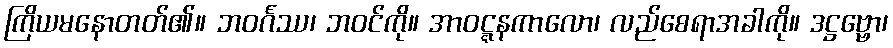
ကြိယမနောတတ်၏။ ဘဝင်္ဂဿ၊ ဘဝင်ကို။ အာဝဋ္ဋနကာလော၊ လည်စေရာအခါကို။ ဒဋ္ဌဗ္ဗော၊